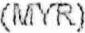
(MYR)